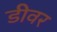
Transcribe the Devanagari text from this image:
डीवर